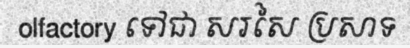
olfactory ទៅជា សរសៃ ប្រសាទ